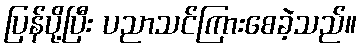
ပြန်ပို့ပြီး ပညာသင်ကြားစေခဲ့သည်။